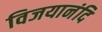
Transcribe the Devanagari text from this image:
विजयानंदि